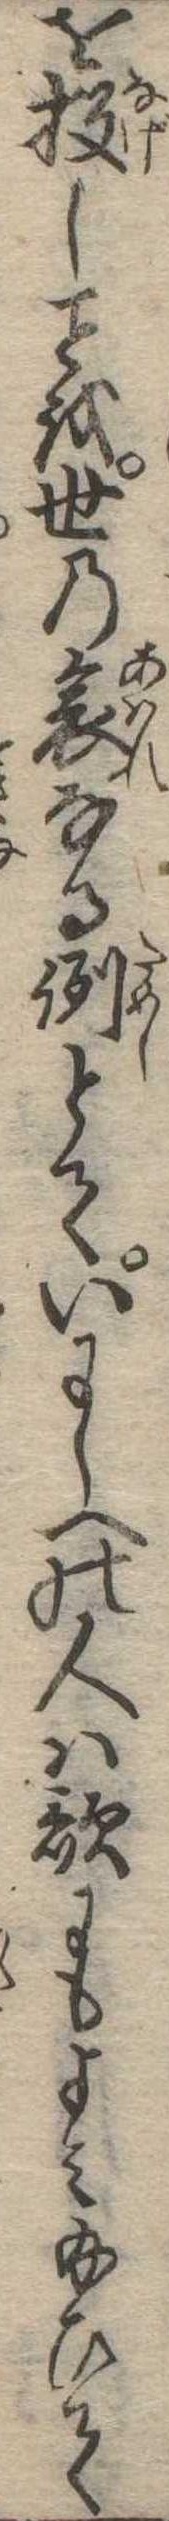
を投しを世の哀なる例とていにしへの人は歌にもよみ給ひて